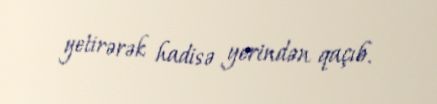
yetirərək hadisə yerindən qaçıb.